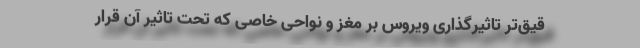
قیق‌تر تاثیرگذاری ویروس بر مغز و نواحی خاصی که تحت تاثیر آن قرار